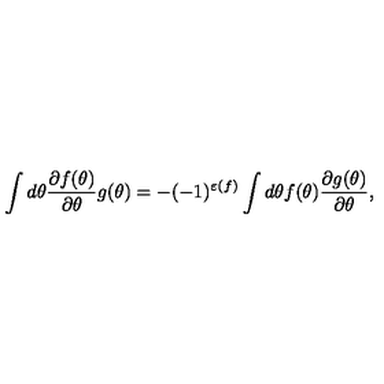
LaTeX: \int d \theta \frac { \partial f ( \theta ) } { \partial \theta } g ( \theta ) = - ( - 1 ) ^ { \varepsilon ( f ) } \int d \theta f ( \theta ) \frac { \partial g ( \theta ) } { \partial \theta } ,